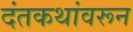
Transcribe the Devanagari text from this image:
दंतकथांवरून